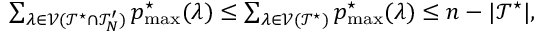
\begin{array} { r } { \sum _ { \lambda \in \mathcal { V } ( \mathcal { T } ^ { \star } \cap \mathcal { T } _ { N } ^ { \prime } ) } p _ { \operatorname* { m a x } } ^ { \star } ( \lambda ) \le \sum _ { \lambda \in \mathcal { V } ( \mathcal { T } ^ { \star } ) } p _ { \operatorname* { m a x } } ^ { \star } ( \lambda ) \le n - | \mathcal { T } ^ { \star } | , } \end{array}